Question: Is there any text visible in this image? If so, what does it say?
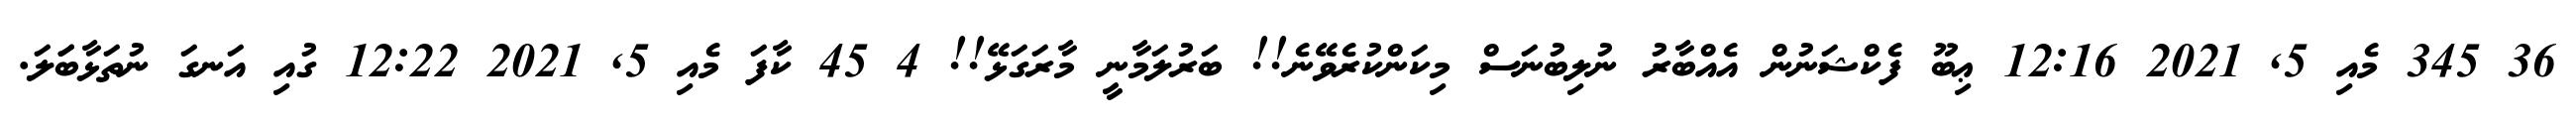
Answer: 36 345 މެއި 5, 2021 12:16 ޢިބޫ ފެކްޝަނުން އެއްބާރު ނުލިބުނަސް މިކަންކުރެވޭނެ!! ބަރުލަމާނީ މާރަގަޅޭ!! 4 45 ކާފަ މެއި 5, 2021 12:22 ގުއި އަނގަ ނުތަޅާބަަލަ.